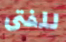
للفتى